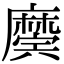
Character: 𢋲